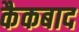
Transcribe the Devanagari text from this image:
कैकबाद